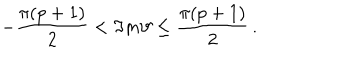
- \frac { \pi ( p + 1 ) } { 2 } < \Im m \vartheta \leq \frac { \pi ( p + 1 ) } { 2 } \, .